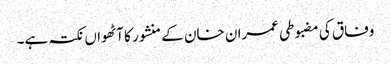
وفاق کی مضبوطی عمران خان کے منشور کا آٹھواں نکتہ ہے۔